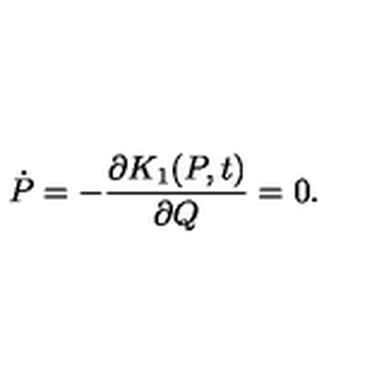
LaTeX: \dot { P } = - \frac { \partial K _ { 1 } ( P , t ) } { \partial Q } = 0 .